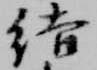
結